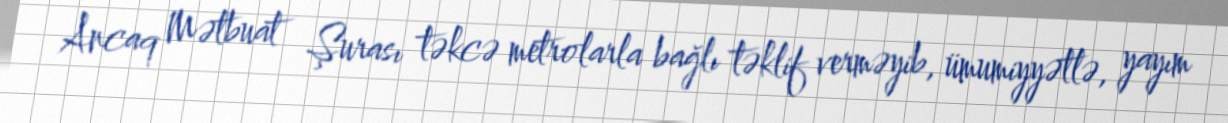
Ancaq Mətbuat Şurası təkcə metrolarla bağlı təklif verməyib, ümumiyyətlə, yayım